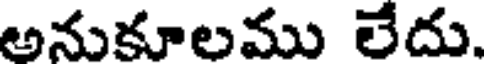
అనుకూలము లేదు.